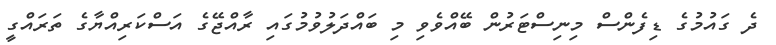
ދެ ގައުމުގެ ޑިފެންސް މިނިސްޓަރުން ބޭއްވެވި މި ބައްދަލުވުމުގައި ރާއްޖޭގެ އަސްކަރިއްޔާގެ ތަރައްގީ